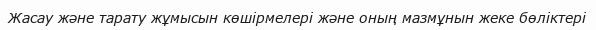
Жасау және тарату жұмысын көшірмелері және оның мазмұнын жеке бөліктері